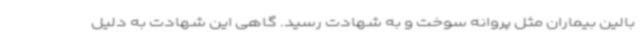
بالین بیماران مثل پروانه سوخت و به شهادت رسید. گاهی این شهادت به دلیل